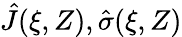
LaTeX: \hat{J}(\xi,Z),\hat{\sigma}(\xi,Z)